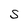
Character: S